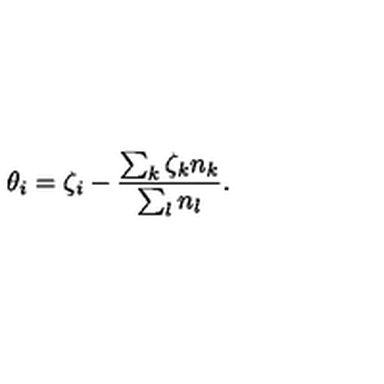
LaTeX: \theta _ { i } = \zeta _ { i } - \frac { \sum _ { k } \zeta _ { k } n _ { k } } { \sum _ { l } n _ { l } } .